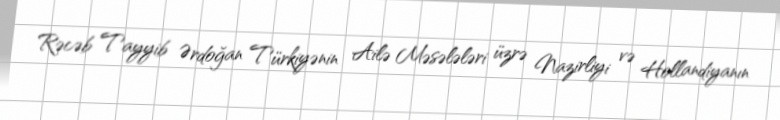
Rəcəb Tayyib Ərdoğan Türkiyənin Ailə Məsələləri üzrə Nazirliyi və Hollandiyanın